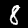
Label: 8